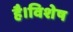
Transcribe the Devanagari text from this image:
है।विशेष